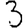
Digit: 3